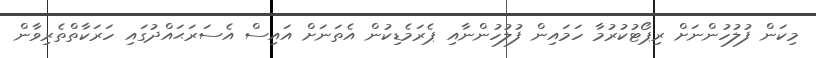
މިކަން ފުލުހުންނަށް ރިޕޯޓުކުރުމާ ހަމައިން ފުލުހުންނާއި ޕެރަމެޑިކުން އެތަނަށް އައިސް އެސަރަޙައްދުގައި ހަރަކާތްތެރިވާން